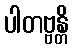
ပါတဗ္ဗန္တိ